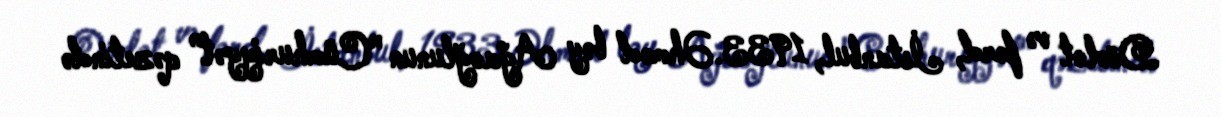
Dövlət və fərd, İstanbul, 1933.Əhməd bəy Ağaoğlunun "Cümhuriyyət" qəzetində